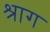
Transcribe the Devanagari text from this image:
श्राग